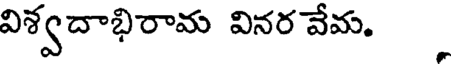
విశ్వదాభిరామ వినర వేమ.